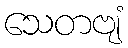
သေတဗျံ